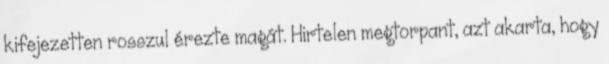
kifejezetten rosszul érezte magát. Hirtelen megtorpant, azt akarta, hogy